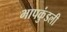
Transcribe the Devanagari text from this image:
भापकुंडली